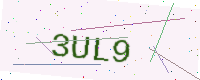
Text: 3UL9